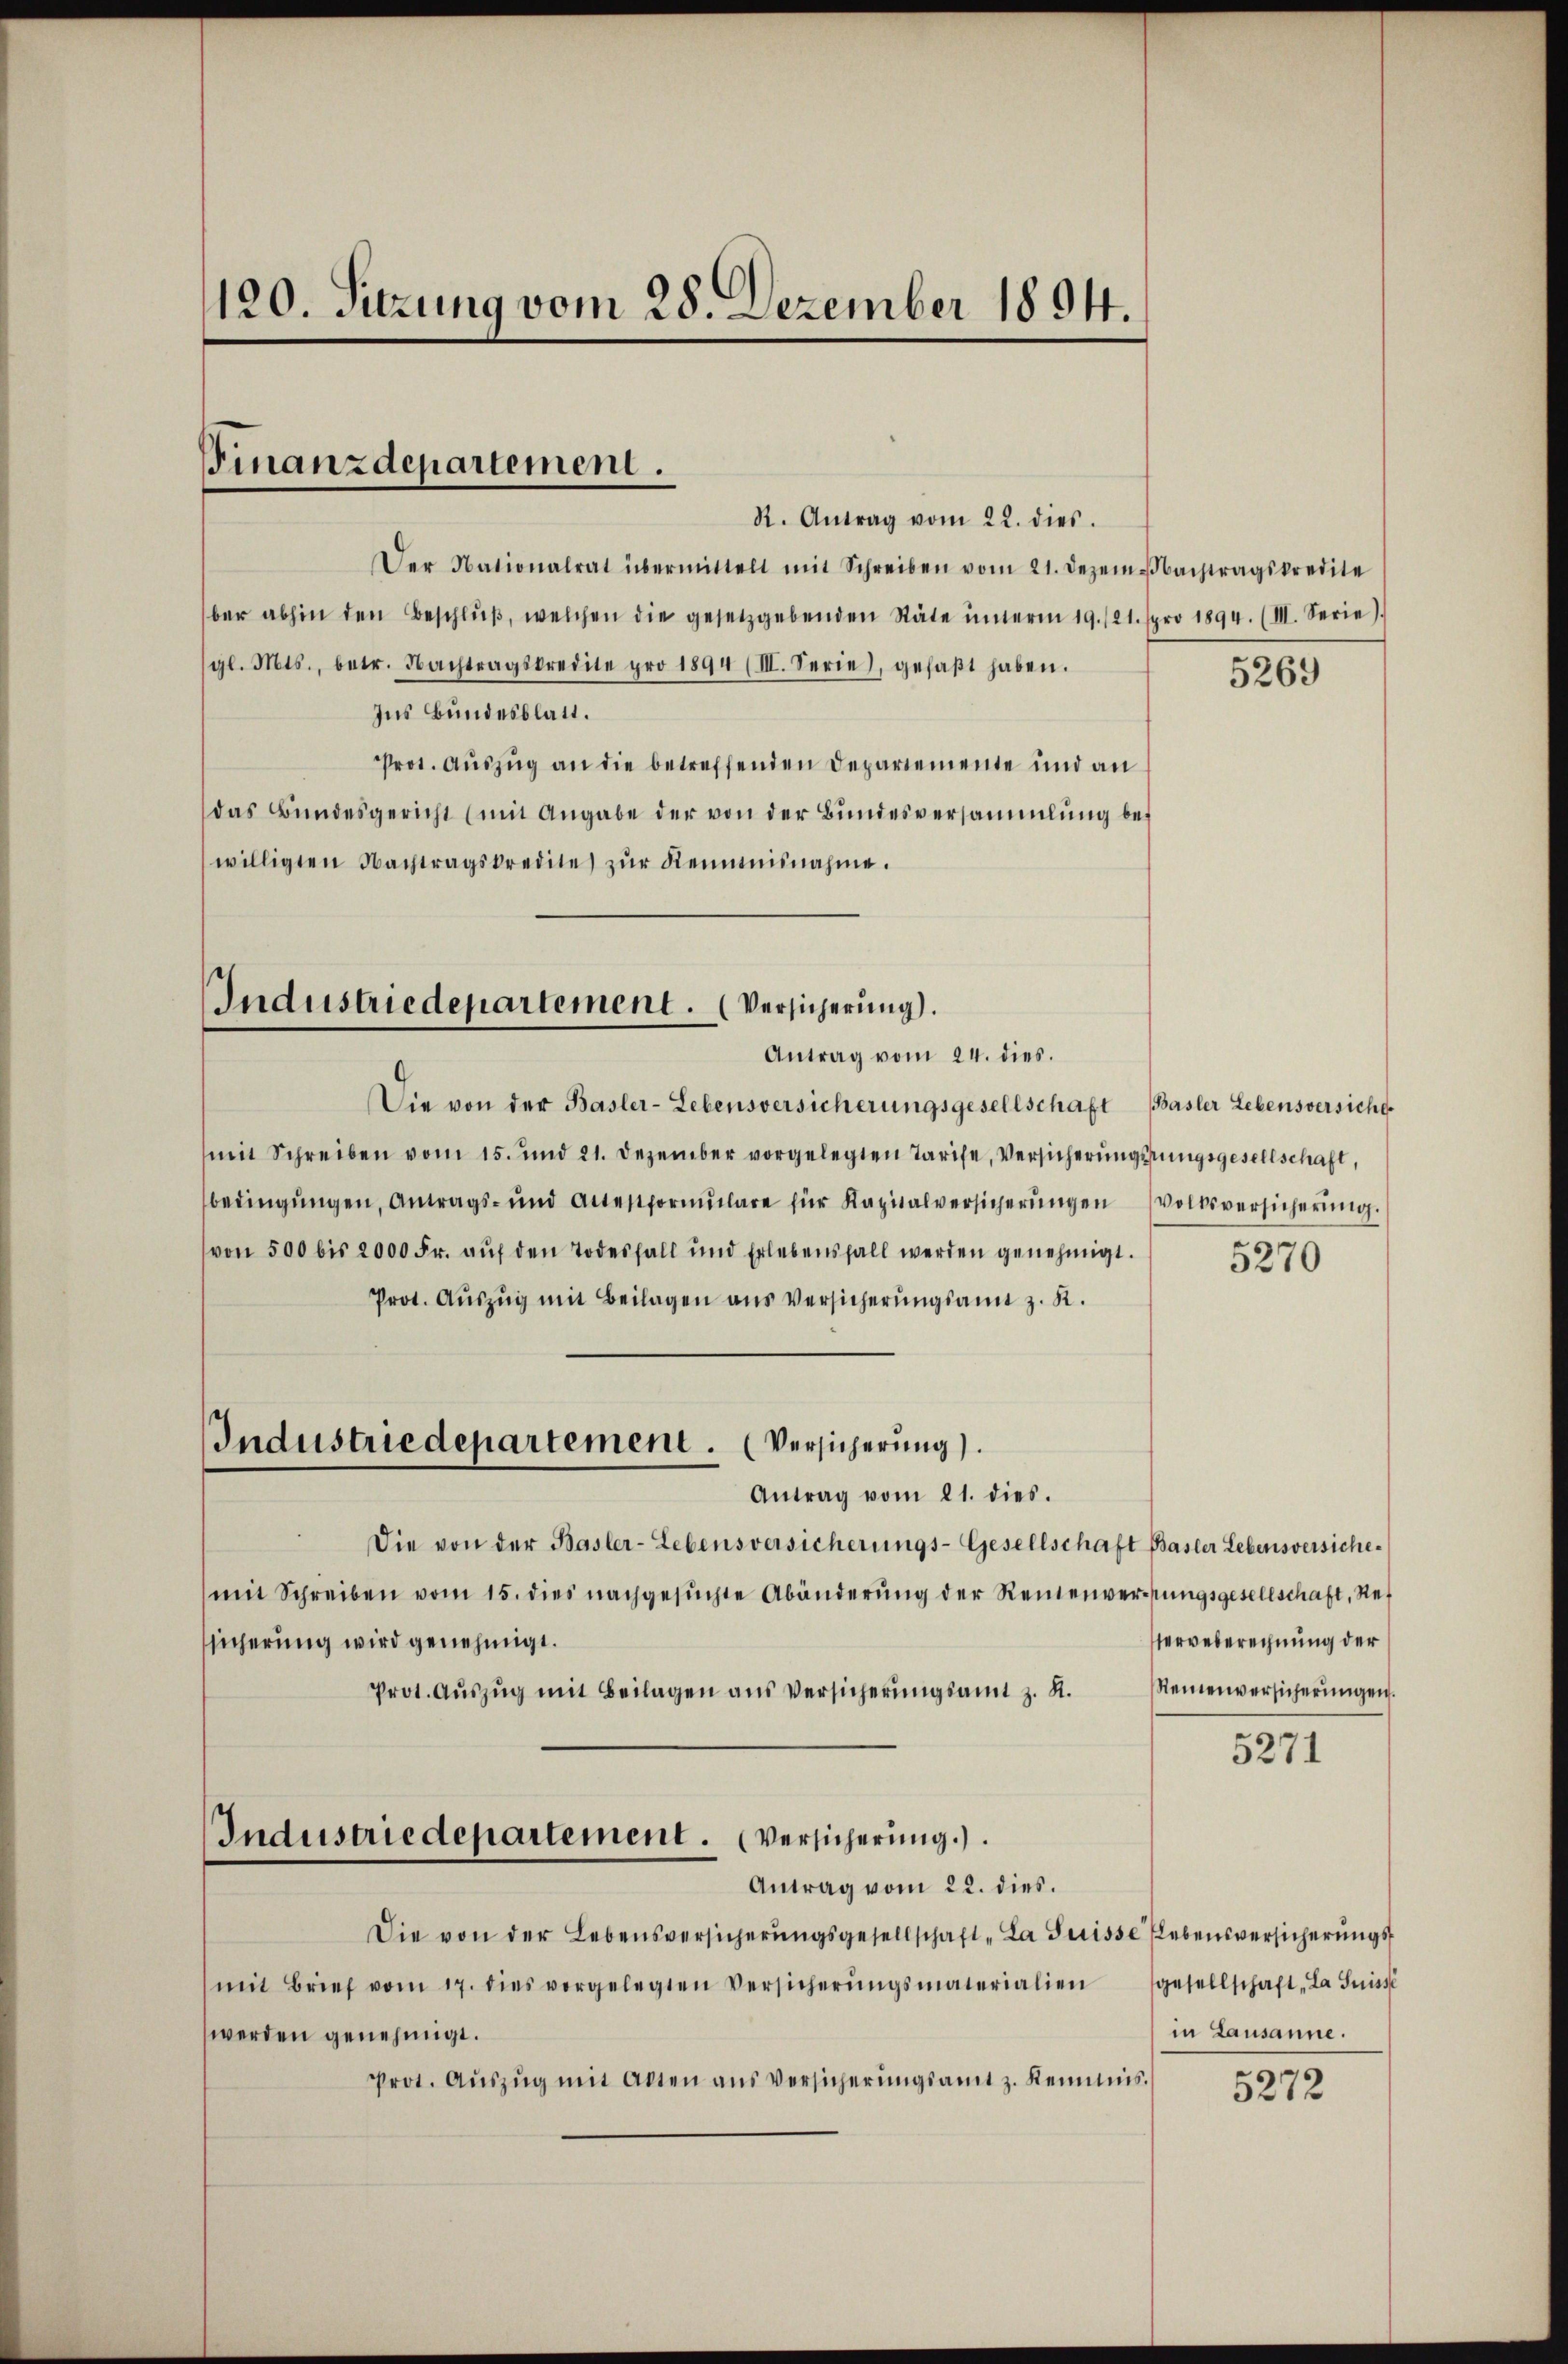
Der Nationalrat übermittelt mit Schreiben vom 21. Dezembachtragskredite
ber abhin den Beschlŭβ, welchen die gesetzgebenden Stäte ŭnterm 19./21. pro 1894. (III. Serie).
gl. Mts., betr. Nachtragskredite pro 1894 (III. Serie, gefaβt haben.
Ins Bundesblatt.
Prot. Auszug an die betreffenden Departemente und an
das Bŭndesgericht (mit Angabe der von der Bŭndesversammlung be-
willigten Nachtragskredite zŭr Reinmisnahme.

120. Sitzung vom 28. Dezember 1894.

Finanzdepartement.
R. Antrag vom 22. dies.

Industriedepartement. (Versicherung).
Antrag vom 24. dies.

Industriedepartement. (Versicherung).
Antrag vom 21. dies.

Die von der Basler-Lebensversicherungsgesellschaft Basler Lebensversicht
mit Schreiben vom 15. und 21. Dezember vorgelegten Tarife, Versicherŭngsŭngsgesellschaft,
bedingungen, Antrags- und Altestformŭlare für Kapitalversicherŭngen Volksversicherŭng.
von 500 bis 2000 Fr. aŭf den Todesfall und Erlebensfall werden genehmigt.
Prot. Aŭszŭg mit Beilagen aus Versicherungsamt z. R.
Die von der Basler-Lebensversicherŭngs-Gesellschaft Basler Lebensversiche-
(mit Schreiben vom 15. dies nachgesŭchte Abänderŭng der Rentenverŭngsgesellschaft, Ressicherung wird genehmigt.
Prot. Aŭszŭg mit Beilagen aus Versicherŭngsamt z. R.
Industriedepartement. Versicherung.)
Antrag vom 22. dies
Die von der Lebensversicherŭngsgesellschaft „La Suisse Lebensversicherungs
mit Brief vom 17. dies vorgelegten Versicherŭngsmaterialien gesellschaft „La Suisse
werden genehmigt.
Prot. Aŭszŭg mit Atten aŭs versicherŭngsamt z. Keimnis.

5269

5270

erveberechnung der
Steinenversicherungen.

5271

in Lausanne.

5272